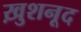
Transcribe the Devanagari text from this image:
ख़ुशनूद